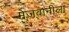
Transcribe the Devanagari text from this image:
मेजवानीला